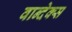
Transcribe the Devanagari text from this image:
वान्देक्स